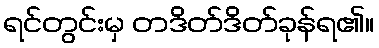
ရင်တွင်းမှ တဒိတ်ဒိတ်ခုန်ရ၏။